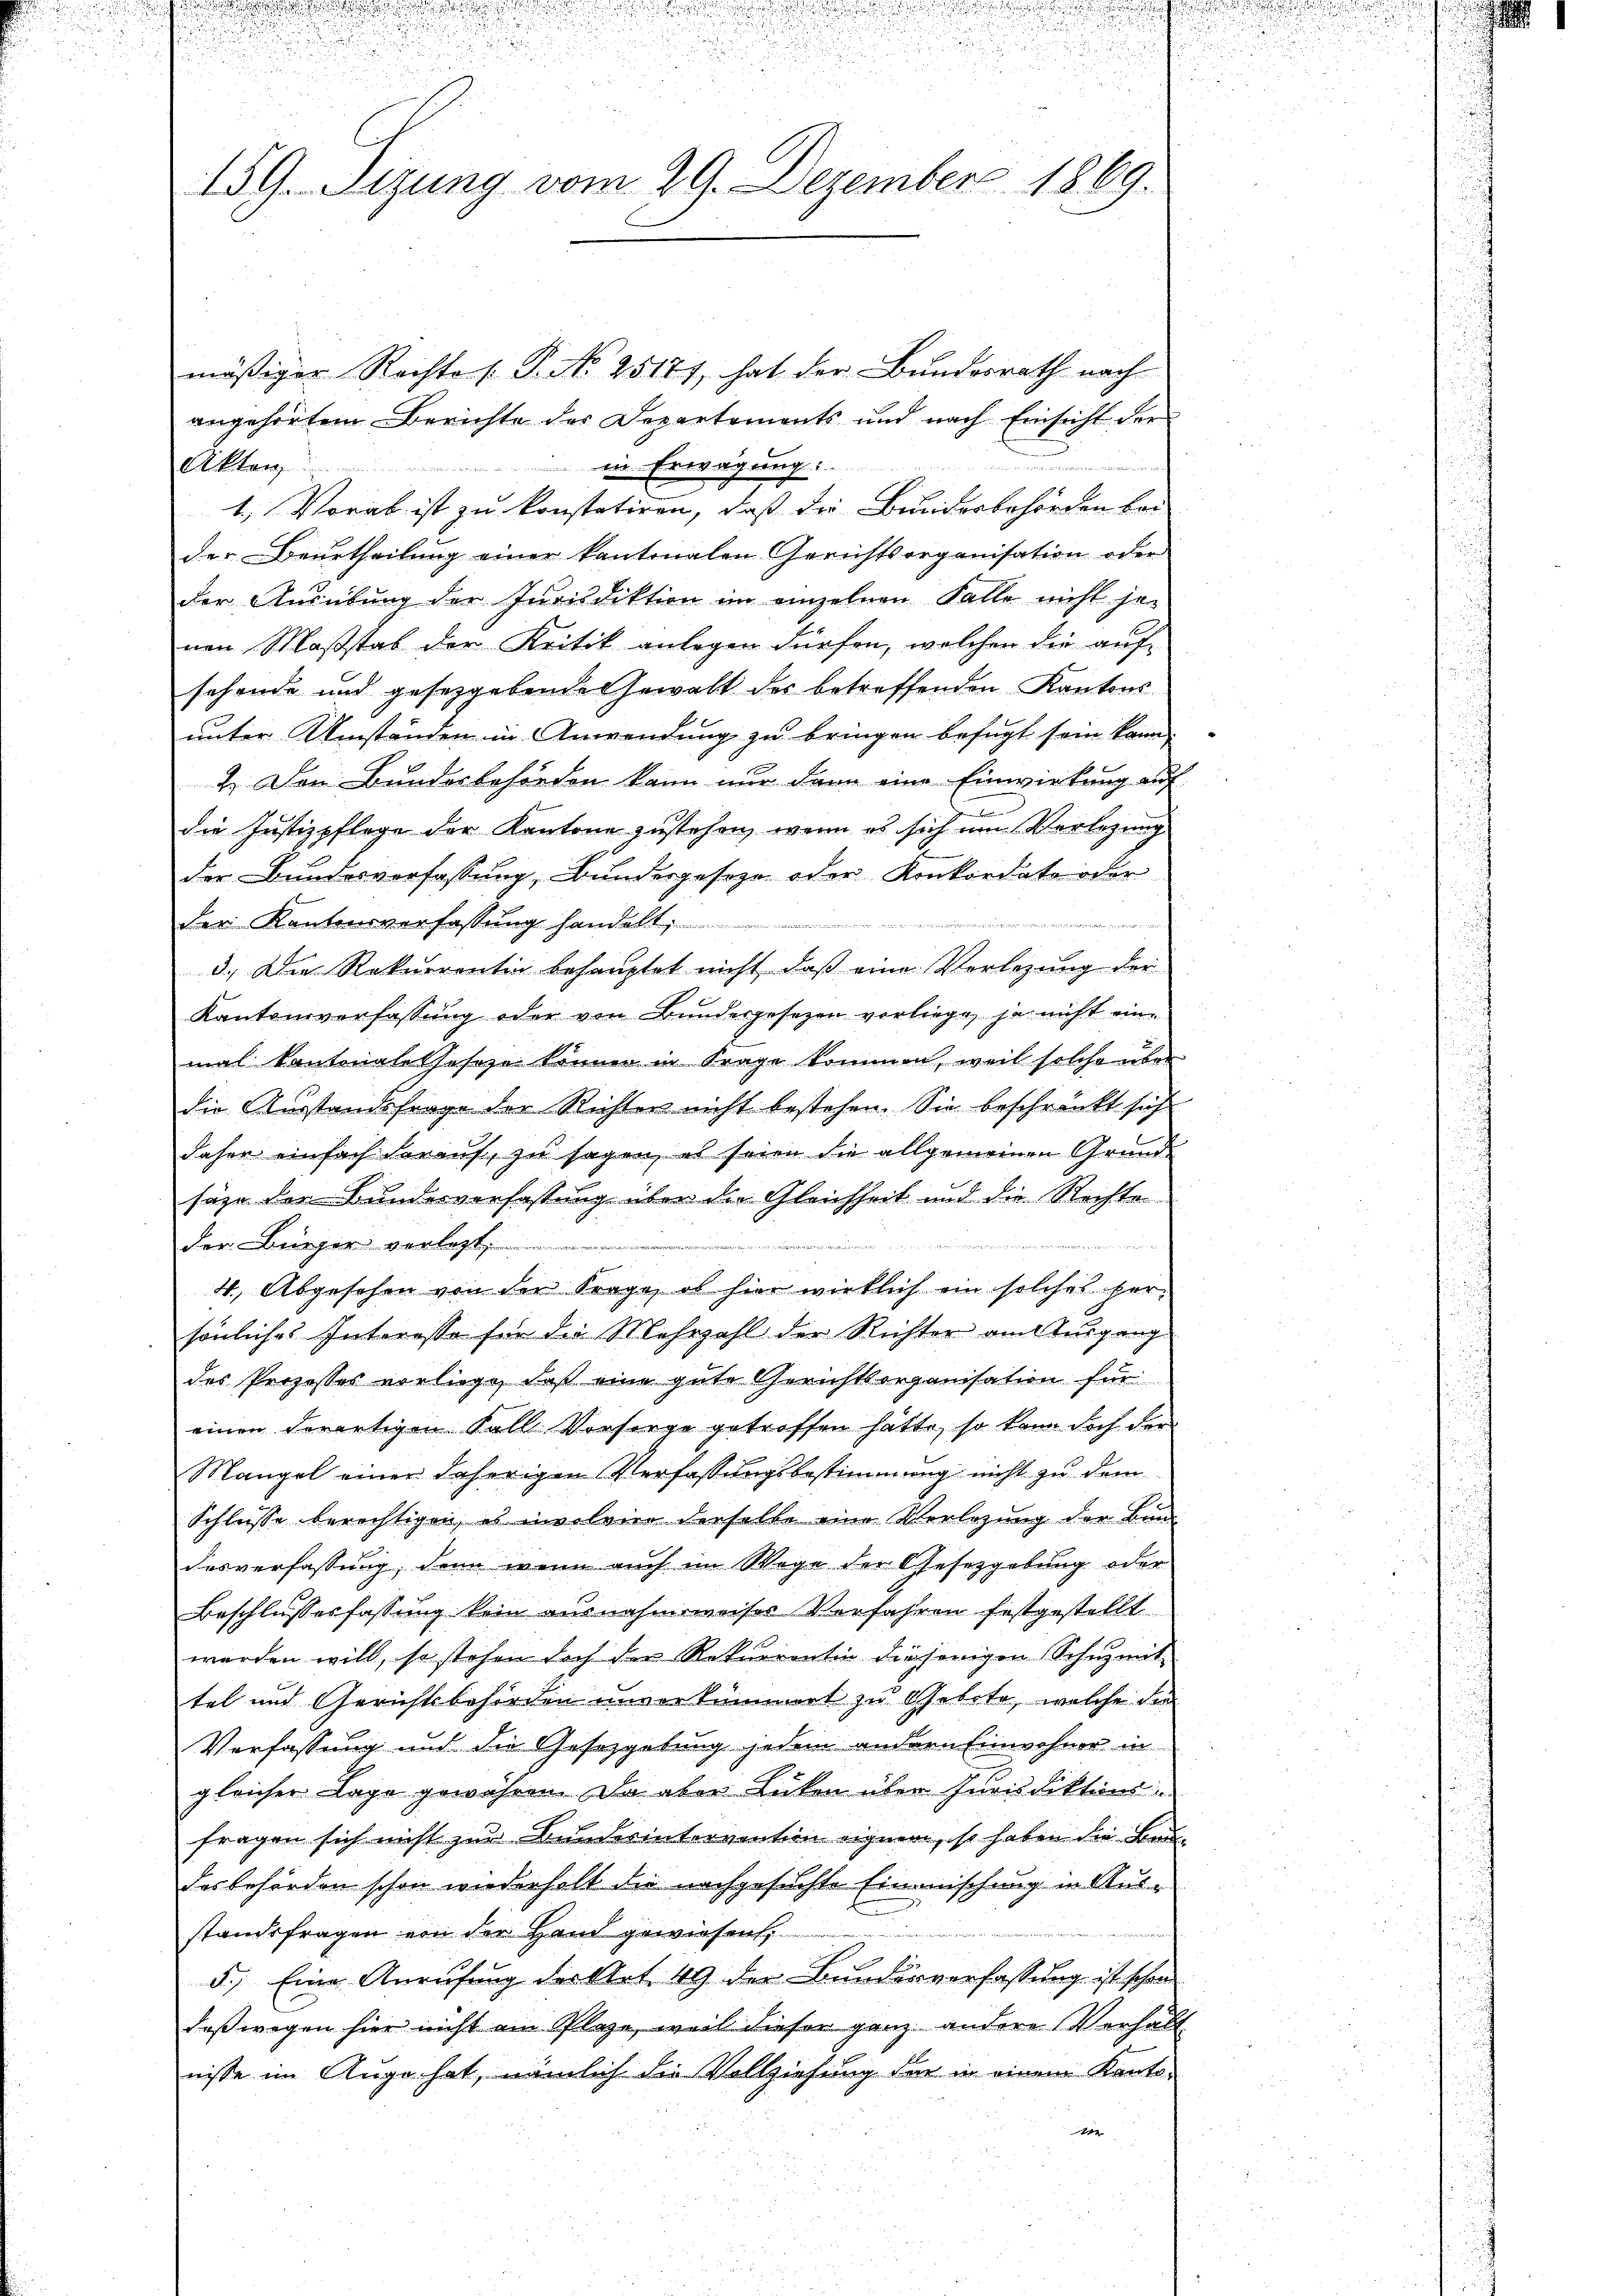
i
u
159. Sizung vom 29. Dezember 1869.

mäßiger Rechte (: P. No 25171, hat der Bundesrath nach
angehörtem Berichte der Departements und nach Einsicht der
.
Akten in Erwägung:
1.) Vorab ist zu konstatiren, daß die Bundesbehörden bei
der Beurtheilung einer kantonalen Gerichtsorganisation oder
der Ausübung der Jurisdiktion im einzelnen Falle nicht je
nen Maßstab der Kritik anlegen dürfen, welchen die auf
sehende und gesetzgebende Gewalt des betreffenden Kantons
unter Umständen in Anwendung zu bringen befugt sein kann.
2. Den Bundesbehörden kann nur dann eine Einwirkung auf
die Justizpflege der Kantone zustehen, wenn es sich um Verlegung
der Bundesverfassung, Bundergeseze oder Konkordate oder
der Kantonsverfassung handelt.
1
3.) Die Rekurrentin behauptet nicht, daß eine Verlegung der
Kantonsverfassung oder von Bundergesezen vorliege, ja nicht eine
mal kantonale Gesetze können in Frage kommen, weil solche über
die Ausstandsfrage der Richter nicht bestehen. Sie beschränkt sich
daher einfach darauf, zu sagen, es seien die allgemeinen Grund-
säge der Bundesverfassung über die Gleichheit und die Rechte

der Bürger verlegt
4.) Abgesehen von der Frage, ob hier wirklich ein solches hersönliches Interesse für die Mehrzahl der Richter amteigung
des Prozesses vorliege, daß eine gute Gerichtsorganisation für
einen derartigen Fall Vorsorge getroffen hätte, so kann doch der
Mangel einer daherigen Verfassungsbestimmung nicht zu dem
Schlüsse berechtigen, es involvire derselbe eine Verlegung der Bun-
desverfassung, denn wenn auch im Wege der Gesetzgebung oder
Beschlussesfassung kein ausnahmsweises Verfahren festgestellt
werden will, so stehen doch der Rekurrentin dieserigen Schuzmit
tel und Gerichtsbehörden unverkümmert zu Gebote, welche die
Verfassung und die Gesetzgebung jedem andern Einwohner in
gleicher Lage gewähren. Da aber Lücken über Jurisdiktionsfragen sich nicht zu Bundesintervention eigner, so haben die Baudas behörden schon wiederholt die nachgesuchte Einmischung in Ausstandsfragen von der Hand gewiesen,
5.) Eine Anrufung der Art. 49 der Bunderverfassung ist schon
daß wegen hier nicht am Plaze, weil dieser ganz andere Verhalt
nisse im Auge hat, nämlich die Vollziehung der in einem Kanto-
g

d